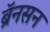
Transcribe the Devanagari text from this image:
ब्रॅनसन